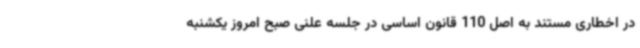
در اخطاری مستند به اصل 110 قانون اساسی در جلسه علنی صبح امروز یکشنبه